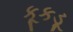
કૂકડૂ